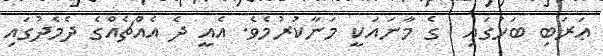
ޢަރަބި ބަހުގައި  ގެ މާނައަކީ މަނާކުރުމެވެ. އެއީ ދެ އެއްޗެއްގެ ދެމެދުގައި